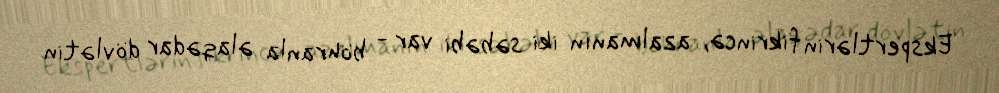
Ekspertlərin fikrincə, azalmanın iki səbəbi var - böhranla əlaqədar dövlətin